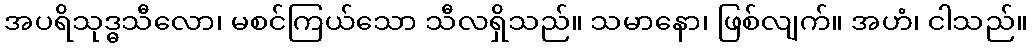
အပရိသုဒ္ဓသီလော၊ မစင်ကြယ်သော သီလရှိသည်။ သမာနော၊ ဖြစ်လျက်။ အဟံ၊ ငါသည်။